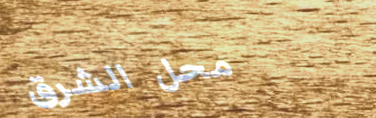
محل الشرق